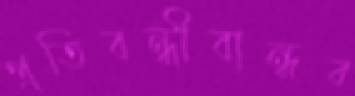
প্রতিবন্ধীবান্ধব